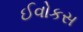
ઈવોકસ